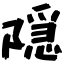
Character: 隠